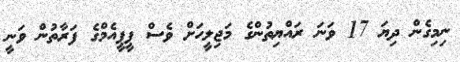
ނިމިގެން ދިޔަ 17 ވަނަ ރައްޔިތުންގެ މަޖިލީހަށް ވެސް ޕީޕީއެމްގެ ފަރާތުން ވަނީ